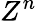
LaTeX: Z^{n}